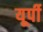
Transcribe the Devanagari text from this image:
यूर्पी